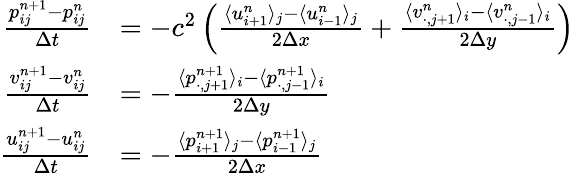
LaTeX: \begin{array}{rl}{\frac{p_{ij}^{n+1}-p_{ij}^{n}}{\Delta t}}&{=-c^{2}\left(\frac{\langle u_{i+1}^{n}\rangle_{j}-\langle u_{i-1}^{n}\rangle_{j}}{2\Delta x}+\frac{\langle v_{\cdot,j+1}^{n}\rangle_{i}-\langle v_{\cdot,j-1}^{n}\rangle_{i}}{2\Delta y}\right)}\\ {\frac{v_{ij}^{n+1}-v_{ij}^{n}}{\Delta t}}&{=-\frac{\langle p_{\cdot,j+1}^{n+1}\rangle_{i}-\langle p_{\cdot,j-1}^{n+1}\rangle_{i}}{2\Delta y}}\\ {\frac{u_{ij}^{n+1}-u_{ij}^{n}}{\Delta t}}&{=-\frac{\langle p_{i+1}^{n+1}\rangle_{j}-\langle p_{i-1}^{n+1}\rangle_{j}}{2\Delta x}}\end{array}